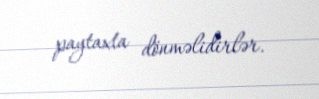
paytaxta dönməlidirlər.